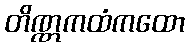
တိဏ္ဏကထံကထော